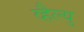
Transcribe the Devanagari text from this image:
व्हैल्यु